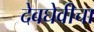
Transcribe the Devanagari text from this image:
देवघेवीचा